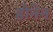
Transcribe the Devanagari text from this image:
डोनेन